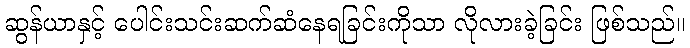
ဆွန်ယာနှင့် ပေါင်းသင်းဆက်ဆံနေရခြင်းကိုသာ လိုလားခဲ့ခြင်း ဖြစ်သည်။